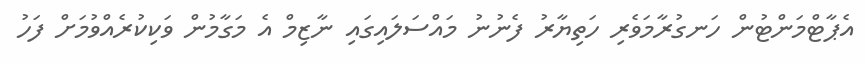
އެޕާޓްމަންޓުން ހަނގުރާމަވެރި ހަތިޔާރު ފެނުނު މައްސަލައިގައި ނާޒިމް އެ މަގާމުން ވަކިކުރެއްވުމަށް ފަހު